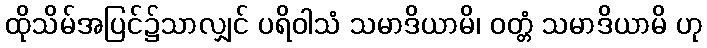
ထိုသိမ်အပြင်၌သာလျှင် ပရိဝါသံ သမာဒိယာမိ၊ ဝတ္တံ သမာဒိယာမိ ဟု